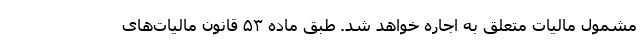
مشمول مالیات متعلق به اجاره خواهد شد. طبق ماده ۵۳ قانون مالیات‌های